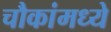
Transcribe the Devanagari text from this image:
चौकांमध्ये